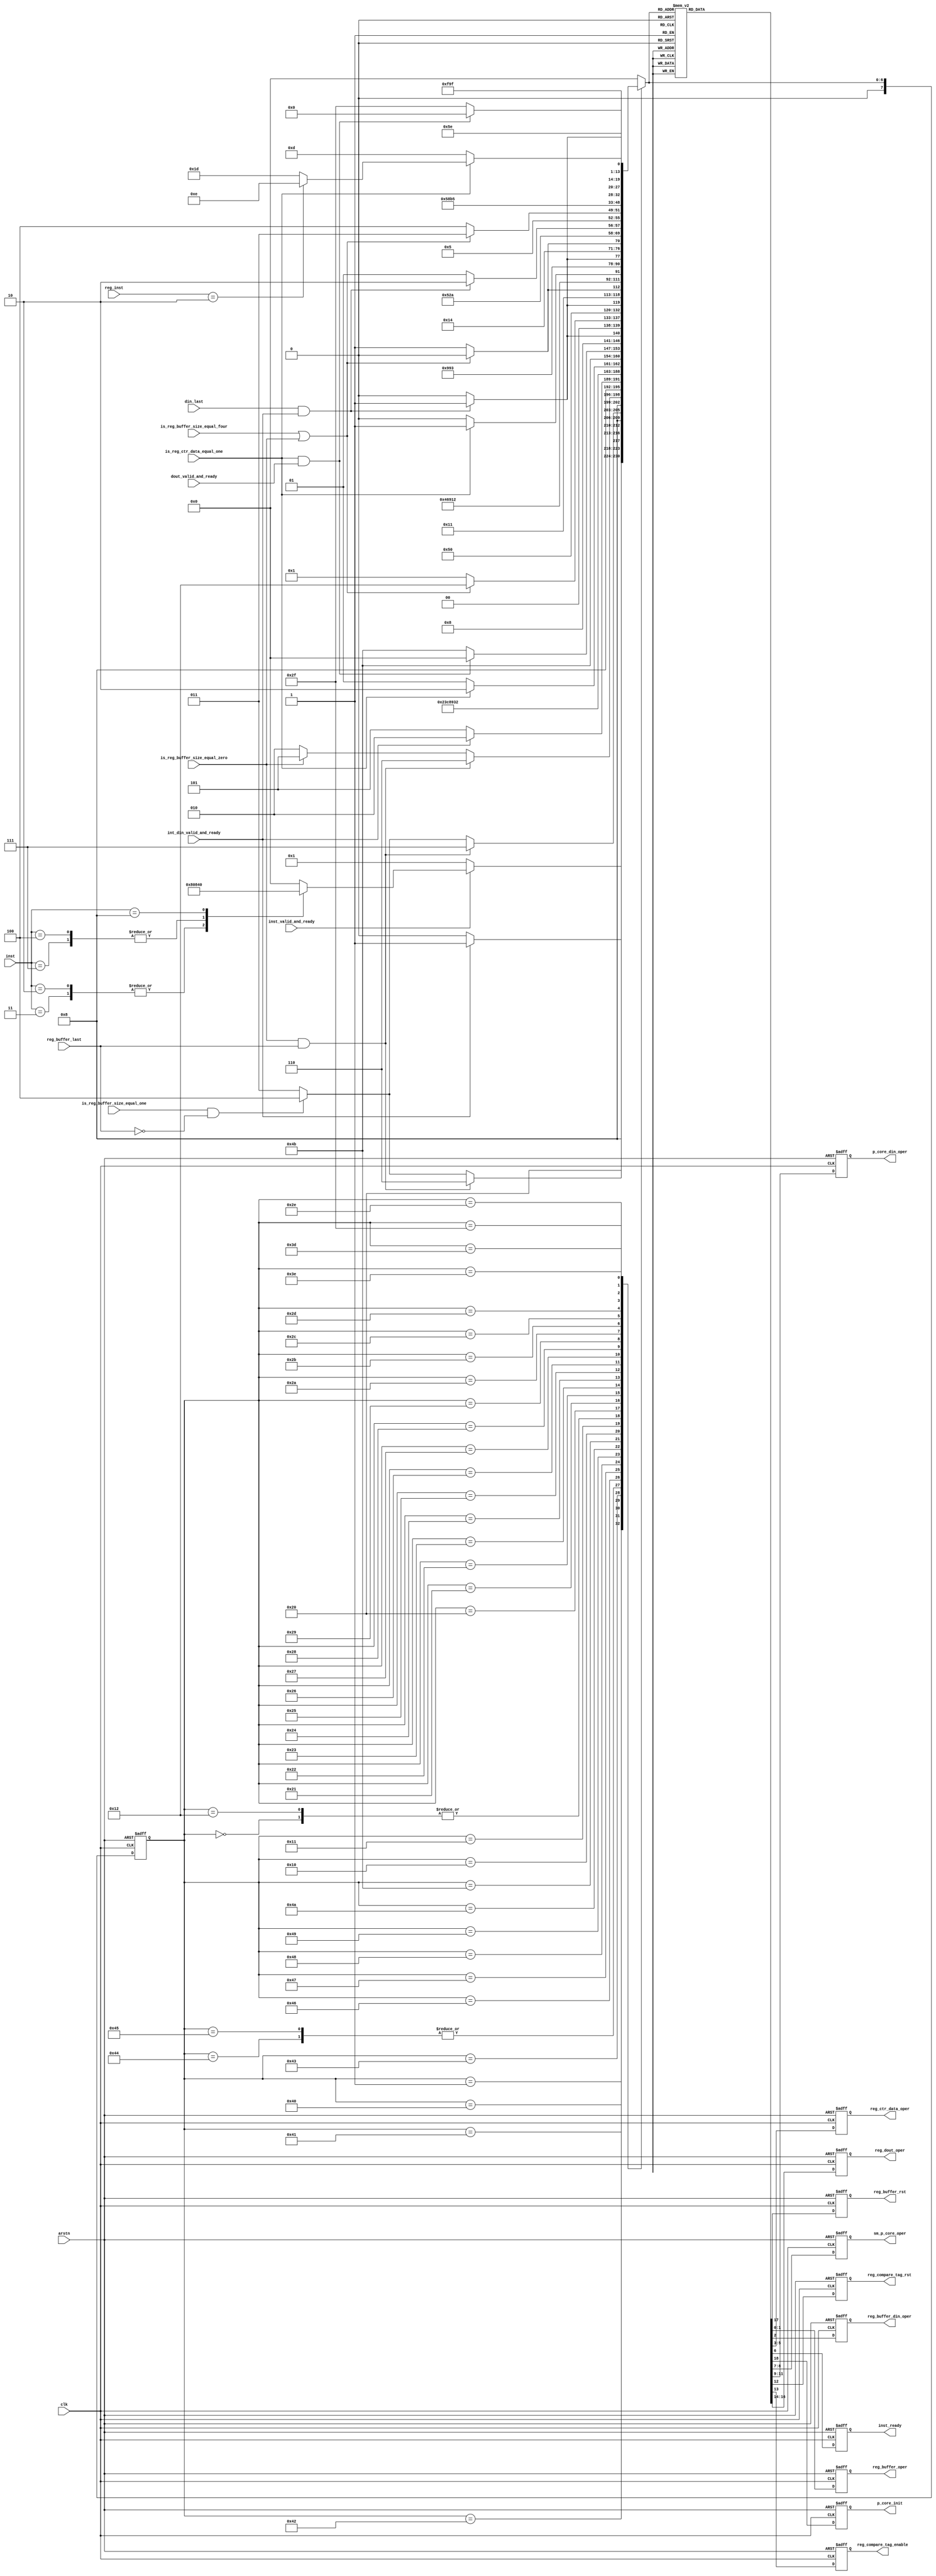
/*--------------------------------------------------------------------------------*/
/* Implementation by Pedro Maat C. Massolino,                                     */
/* hereby denoted as "the implementer".                                           */
/*                                                                                */
/* To the extent possible under law, the implementer has waived all copyright     */
/* and related or neighboring rights to the source code in this file.             */
/* http://creativecommons.org/publicdomain/zero/1.0/                              */
/*--------------------------------------------------------------------------------*/
`default_nettype    none

module subterranean_stream_state_machine
#(parameter ASYNC_RSTN = 1)
(
    input wire clk,
    input wire arstn,
    // Data in bus
    input wire din_last,
    input wire int_din_valid_and_ready,
    output wire reg_buffer_rst,
    output wire [1:0] reg_buffer_oper,
    output wire reg_buffer_din_oper,
    input wire is_reg_buffer_size_equal_zero,
    input wire is_reg_buffer_size_equal_one,
    input wire is_reg_buffer_size_equal_four,
    input wire reg_buffer_last,
    input wire is_reg_ctr_data_equal_one,
    output wire [2:0] reg_ctr_data_oper,
    // Instruction bus
    input wire [3:0] inst,
    input wire inst_valid_and_ready,
    output wire inst_ready,
    input wire [3:0] reg_inst,
    // Permutation core
    output wire p_core_init,
    output wire [1:0] sm_p_core_oper,
    output wire [2:0] p_core_din_oper,
    // Tag compare register
    output wire reg_compare_tag_rst,
    output wire reg_compare_tag_enable,
    // Dout
    input wire dout_valid_and_ready,
    output wire [2:0] reg_dout_oper
);

reg reg_reg_buffer_rst, next_reg_buffer_rst;
reg [1:0] reg_reg_buffer_oper, next_reg_buffer_oper;
reg reg_reg_buffer_din_oper, next_reg_buffer_din_oper;
reg [2:0] reg_reg_ctr_data_oper, next_reg_ctr_data_oper;
reg reg_inst_ready, next_inst_ready;
reg reg_p_core_init, next_p_core_init;
reg [1:0] reg_sm_p_core_oper, next_sm_p_core_oper;
reg [2:0] reg_p_core_din_oper, next_p_core_din_oper;
reg reg_reg_compare_tag_rst, next_reg_compare_tag_rst;
reg reg_reg_compare_tag_enable, next_reg_compare_tag_enable;
reg [2:0] reg_reg_dout_oper, next_reg_dout_oper;


localparam s_reset = 8'h00, s_idle = 8'h01,
           s_key_0 = 8'h10, s_key_1 = 8'h11, s_key_2 = 8'h12,
           s_enc_dec_0 = 8'h20, s_enc_dec_1 = 8'h21, s_enc_dec_2 = 8'h22, s_enc_dec_3 = 8'h23, s_enc_dec_4 = 8'h24, s_enc_dec_5 = 8'h25, s_enc_dec_6 = 8'h26, s_enc_dec_7 = 8'h27, s_enc_dec_8 = 8'h28, s_enc_dec_9 = 8'h29, s_enc_dec_10 = 8'h2A, s_enc_dec_11 = 8'h2B, s_enc_dec_12 = 8'h2C, s_enc_dec_13 = 8'h2D,
           s_enc_14 = 8'h2E, s_enc_15 = 8'h2F,
           s_dec_13 = 8'h3D, s_dec_14 = 8'h3E, s_dec_15 = 8'h3F,
           s_hash_0 = 8'h40, s_hash_1 = 8'h41, s_hash_2 = 8'h42, s_hash_3 = 8'h43, s_hash_4 = 8'h44, s_hash_5 = 8'h45, s_hash_6 = 8'h46, s_hash_7 = 8'h47, s_hash_8 = 8'h48, s_hash_9 = 8'h49, s_hash_10 = 8'h4A, s_hash_11 = 8'h4B
           ;
reg[7:0] actual_state, next_state;

generate
    if (ASYNC_RSTN != 0) begin : use_asynchrnous_reset_zero_enable
        always @(posedge clk or negedge arstn) begin
            if (arstn == 1'b0) begin
                actual_state <= s_reset;
                reg_reg_buffer_rst <= 1'b1;
                reg_reg_buffer_oper <= 2'b00;
                reg_reg_buffer_din_oper <= 1'b0;
                reg_reg_ctr_data_oper <= 3'b000;
                reg_inst_ready <= 1'b0;
                reg_p_core_init <= 1'b1;
                reg_sm_p_core_oper <= 2'b00;
                reg_p_core_din_oper <= 3'b000;
                reg_reg_compare_tag_rst <= 1'b0;
                reg_reg_compare_tag_enable <= 1'b0;
                reg_reg_dout_oper <= 3'b000;
            end else begin
                actual_state <= next_state;
                reg_reg_buffer_rst <= next_reg_buffer_rst;
                reg_reg_buffer_oper <= next_reg_buffer_oper;
                reg_reg_buffer_din_oper <= next_reg_buffer_din_oper;
                reg_reg_ctr_data_oper <= next_reg_ctr_data_oper;
                reg_inst_ready <= next_inst_ready;
                reg_p_core_init <= next_p_core_init;
                reg_sm_p_core_oper <= next_sm_p_core_oper;
                reg_p_core_din_oper <= next_p_core_din_oper;
                reg_reg_compare_tag_rst <= next_reg_compare_tag_rst;
                reg_reg_compare_tag_enable <= next_reg_compare_tag_enable;
                reg_reg_dout_oper <= next_reg_dout_oper;
            end
        end
    end else begin : use_synchrnous_reset
        always @(posedge clk) begin
            if (arstn == 1'b1) begin
                actual_state <= s_reset;
                reg_reg_buffer_rst <= 1'b1;
                reg_reg_buffer_oper <= 2'b00;
                reg_reg_buffer_din_oper <= 1'b0;
                reg_reg_ctr_data_oper <= 3'b000;
                reg_inst_ready <= 1'b0;
                reg_p_core_init <= 1'b1;
                reg_sm_p_core_oper <= 2'b00;
                reg_p_core_din_oper <= 3'b000;
                reg_reg_compare_tag_rst <= 1'b0;
                reg_reg_compare_tag_enable <= 1'b0;
                reg_reg_dout_oper <= 3'b000;
            end else begin
                actual_state <= next_state;
                reg_reg_buffer_rst <= next_reg_buffer_rst;
                reg_reg_buffer_oper <= next_reg_buffer_oper;
                reg_reg_buffer_din_oper <= next_reg_buffer_din_oper;
                reg_reg_ctr_data_oper <= next_reg_ctr_data_oper;
                reg_inst_ready <= next_inst_ready;
                reg_p_core_init <= next_p_core_init;
                reg_sm_p_core_oper <= next_sm_p_core_oper;
                reg_p_core_din_oper <= next_p_core_din_oper;
                reg_reg_compare_tag_rst <= next_reg_compare_tag_rst;
                reg_reg_compare_tag_enable <= next_reg_compare_tag_enable;
                reg_reg_dout_oper <= next_reg_dout_oper;
            end
        end
    end
endgenerate


always @(*) begin
    next_reg_buffer_rst = 1'b0;
    next_reg_buffer_oper = 2'b00;
    next_reg_buffer_din_oper = 1'b0;
    next_reg_ctr_data_oper = 3'b000;
    next_inst_ready = 1'b0;
    next_p_core_init = 1'b0;
    next_sm_p_core_oper = 2'b00;
    next_p_core_din_oper = 3'b000;
    next_reg_compare_tag_rst = 1'b0;
    next_reg_compare_tag_enable = 1'b0;
    next_reg_dout_oper = 3'b000;
    case(next_state)
        s_reset : begin
            next_reg_buffer_rst = 1'b1;
            next_p_core_init = 1'b1;
        end
        s_idle : begin
            next_inst_ready = 1'b1;
            next_reg_buffer_rst = 1'b1;
        end
        // Store din in buffer and initialize the state
        s_hash_0 : begin
            next_p_core_init = 1'b1;
            next_p_core_din_oper = 3'b011;
            next_reg_buffer_oper = 2'b10;
            next_reg_buffer_din_oper = 1'b1;
        end
        // Absorb 1 byte din buffer - Special case for the empty hash string.
        s_hash_1 : begin
            next_reg_buffer_oper = 2'b01;
            next_p_core_din_oper = 3'b010;
        end
        // Absorb 1 byte din buffer
        s_hash_2 : begin
            next_reg_buffer_oper = 2'b01;
            next_p_core_din_oper = 3'b010;
        end
        // Absorb null - (din buffer not empty)
        s_hash_3 : begin
            next_reg_buffer_oper = 2'b10;
            next_p_core_din_oper = 3'b001;
        end
        // Absorb null - (din buffer empty)
        s_hash_4 : begin
            next_reg_buffer_oper = 2'b10;
            next_reg_buffer_din_oper = 1'b1;
            next_p_core_din_oper = 3'b001;
        end
        // Store din in buffer
        s_hash_5 : begin
            next_reg_buffer_oper = 2'b10;
            next_reg_buffer_din_oper = 1'b1;
            next_p_core_din_oper = 3'b011;
        end
        // Absorb null last
        s_hash_6 : begin
            next_reg_buffer_oper = 2'b10;
            next_p_core_din_oper = 3'b001;
        end
        // Absorb second null last
        s_hash_7 : begin
            next_reg_buffer_oper = 2'b10;
            next_p_core_din_oper = 3'b001;
        end
        // Initialize the counter and perform 1 blank permutation
        s_hash_8 : begin
            next_reg_ctr_data_oper = 3'b001;
            next_p_core_din_oper = 3'b001;
        end
        // Perform all 6 blank permutations
        s_hash_9 : begin
            next_reg_ctr_data_oper = 3'b100;
            next_p_core_din_oper = 3'b001;
        end
        // Perform last blank permutation and initialize counter to generate hash
        s_hash_10 : begin
            next_reg_ctr_data_oper = 3'b010;
            next_p_core_din_oper = 3'b001;
        end
        // Perform all hash steps
        s_hash_11 : begin
            next_reg_ctr_data_oper = 3'b101;
            next_p_core_din_oper = 3'b001;
            next_sm_p_core_oper = 2'b01;
            next_reg_dout_oper = 3'b010;
        end
        // Stream key mode
        s_key_0 : begin
            next_reg_buffer_oper = 2'b11;
            next_reg_buffer_din_oper = 1'b1;
            next_p_core_din_oper = 3'b011;
        end
        // Last key processed
        s_key_1 : begin
            next_reg_buffer_rst = 1'b1;
            next_p_core_din_oper = 3'b011;
        end
        // Add null data
        s_key_2 : begin
            next_p_core_din_oper = 3'b001;
        end
        // Stream nonce
        s_enc_dec_0 : begin
            next_reg_buffer_oper = 2'b11;
            next_reg_buffer_din_oper = 1'b1;
            next_p_core_din_oper = 3'b011;
        end
        // Last nonce processed
        s_enc_dec_1 : begin
            next_reg_buffer_rst = 1'b1;
            next_p_core_din_oper = 3'b011;
        end
        // Add null data
        s_enc_dec_2 : begin
            next_p_core_din_oper = 3'b001;
        end
        // Initialize the counter and perform 1 blank permutation
        s_enc_dec_3 : begin
            next_reg_ctr_data_oper = 3'b001;
            next_p_core_din_oper = 3'b001;
        end
        // Perform all 6 blank permutations
        s_enc_dec_4 : begin
            next_reg_ctr_data_oper = 3'b100;
            next_p_core_din_oper = 3'b001;
        end
        // Perform last blank permutation
        s_enc_dec_5 : begin
            next_reg_buffer_rst = 1'b1;
            next_p_core_din_oper = 3'b001;
        end
        // Stream associated data mode
        s_enc_dec_6 : begin
            next_reg_buffer_oper = 2'b11;
            next_reg_buffer_din_oper = 1'b1;
            next_p_core_din_oper = 3'b011;
        end
        // Last associated data processed
        s_enc_dec_7 : begin
            next_reg_buffer_rst = 1'b1;
            next_p_core_din_oper = 3'b011;
        end
        // Add null data
        s_enc_dec_8 : begin
            next_p_core_din_oper = 3'b001;
        end
        // Stream plaintext/ciphertext mode
        s_enc_dec_9 : begin
            next_reg_buffer_oper = 2'b11;
            next_reg_buffer_din_oper = 1'b1;
            next_reg_dout_oper = 3'b001;
            next_p_core_din_oper = 3'b011;
            next_sm_p_core_oper = 2'b10;
        end
        // Last plaintext/ciphertext processed
        s_enc_dec_10 : begin
            next_reg_buffer_oper = 2'b11;
            next_reg_dout_oper = 3'b001;
            next_p_core_din_oper = 3'b011;
            next_sm_p_core_oper = 2'b10;
        end
        // Add null data
        s_enc_dec_11 : begin
            next_p_core_din_oper = 3'b001;
            next_reg_dout_oper = 3'b001;
        end
        // Initialize the counter and perform 1 blank permutation
        s_enc_dec_12 : begin
            next_reg_ctr_data_oper = 3'b001;
            next_p_core_din_oper = 3'b001;
            next_reg_dout_oper = 3'b001;
        end
        // Perform all 6 blank permutations
        s_enc_dec_13 : begin
            next_reg_ctr_data_oper = 3'b100;
            next_p_core_din_oper = 3'b001;
        end
        // Perform last blank permutation and prepare counter for tag
        s_enc_14 : begin
            next_p_core_din_oper = 3'b001;
            next_reg_buffer_rst = 1'b1;
            next_reg_ctr_data_oper = 3'b011;
        end
        // Send all tag blocks
        s_enc_15 : begin
            next_reg_ctr_data_oper = 3'b101;
            next_p_core_din_oper = 3'b001;
            next_sm_p_core_oper = 2'b01;
            next_reg_dout_oper = 3'b010;
        end
        // Perform last blank permutation and prepare to receive the tag
        s_dec_13 : begin
            next_p_core_din_oper = 3'b001;
            next_reg_buffer_rst = 1'b1;
            next_reg_compare_tag_rst = 1'b1;
        end
        // Receive tag
        s_dec_14 : begin
            next_reg_buffer_oper = 2'b11;
            next_reg_buffer_din_oper = 1'b1;
            next_p_core_din_oper = 3'b100;
            next_reg_compare_tag_enable = 1'b1;
            next_sm_p_core_oper = 2'b01;
            next_reg_dout_oper = 3'b100;
        end
        // Send tag status
        s_dec_15 : begin
            next_p_core_din_oper = 3'b011;
            next_reg_dout_oper = 3'b011;
        end
        default : begin
            ;
        end
    endcase
end

always @(*) begin
    case(actual_state)
        s_reset : begin
            next_state = s_idle;
        end
        s_idle : begin
            if(inst_valid_and_ready == 1'b1) begin
                case(inst)
                    4'b0010, 4'b0011: begin
                        next_state = s_enc_dec_0;
                    end
                    4'b0100, 4'b0111: begin
                        next_state = s_key_0;
                    end
                    4'b1000: begin
                        next_state = s_hash_0;
                    end
                    default : begin
                        next_state = s_reset;
                    end
                endcase
            end else begin
                next_state = s_idle;
            end
        end
        // Store din in buffer and initialize state
        s_hash_0 : begin
            if(int_din_valid_and_ready == 1'b1) begin
                next_state = s_hash_1;
            end else begin
                next_state = s_hash_0;
            end
        end
        // Absorb 1 byte din buffer (First case to differ empty hash strings)
        s_hash_1 : begin
            if((is_reg_buffer_size_equal_zero == 1'b1) && (reg_buffer_last == 1'b1)) begin
                next_state = s_hash_6;
            end else if((is_reg_buffer_size_equal_one == 1'b1) && (reg_buffer_last == 1'b0)) begin 
                next_state = s_hash_4;
            end else begin
                next_state = s_hash_3;
            end
        end
        // Absorb 1 byte din buffer
        s_hash_2 : begin
            if((is_reg_buffer_size_equal_zero == 1'b1) && (reg_buffer_last == 1'b1)) begin
                next_state = s_hash_7;
            end else if((is_reg_buffer_size_equal_one == 1'b1) && (reg_buffer_last == 1'b0)) begin 
                next_state = s_hash_4;
            end else begin
                next_state = s_hash_3;
            end
        end
        // Absorb null - (din buffer not empty)
        s_hash_3 : begin
            if((is_reg_buffer_size_equal_zero == 1'b1) && (reg_buffer_last == 1'b1)) begin
                next_state = s_hash_6;
            end else if((is_reg_buffer_size_equal_zero == 1'b1)) begin
                next_state = s_hash_5;
            end else begin
                next_state = s_hash_2;
            end
        end
        // Absorb null - (din buffer empty)
        s_hash_4 : begin
            if(int_din_valid_and_ready == 1'b1) begin
                next_state = s_hash_2;
            end else begin
                next_state = s_hash_5;
            end
        end
        // Store din in buffer
        s_hash_5 : begin
            if(int_din_valid_and_ready == 1'b1) begin
                next_state = s_hash_2;
            end else begin
                next_state = s_hash_5;
            end
        end
        // Absorb null last
        s_hash_6 : begin
            next_state = s_hash_7;
        end
        // Absorb null last
        s_hash_7 : begin
            next_state = s_hash_8;
        end
        // Initialize the counter and perform 1 blank permutation
        s_hash_8 : begin
            next_state = s_hash_9;
        end
        // Perform all 6 blank permutations
        s_hash_9 : begin
            if(is_reg_ctr_data_equal_one == 1'b1) begin
                next_state = s_hash_10;
            end else begin
                next_state = s_hash_9;
            end
        end
        // Perform last blank permutation and initialize counter to generate hash
        s_hash_10 : begin
            next_state = s_hash_11;
        end
        // Send all hash blocks
        s_hash_11 : begin
            if((is_reg_ctr_data_equal_one == 1'b1) && (dout_valid_and_ready == 1'b1)) begin
                next_state = s_reset;
            end else begin
                next_state = s_hash_11;
            end
        end
        // Stream key mode
        s_key_0 : begin
            if((din_last == 1'b1) && (int_din_valid_and_ready == 1'b1)) begin
                next_state = s_key_1;
            end else begin
                next_state = s_key_0;
            end
        end
        // Last key processed
        s_key_1 : begin
            if((is_reg_buffer_size_equal_four == 1'b1) || (is_reg_buffer_size_equal_zero == 1'b1)) begin
                next_state = s_key_2;
            end else begin
                next_state = s_idle;
            end
        end
        // Add null data
        s_key_2 : begin
            next_state = s_idle;
        end
        // Stream nonce mode
        s_enc_dec_0 : begin
            if((din_last == 1'b1) && (int_din_valid_and_ready == 1'b1)) begin
                next_state = s_enc_dec_1;
            end else begin
                next_state = s_enc_dec_0;
            end
        end
        // Last nonce processed
        s_enc_dec_1 : begin
            if((is_reg_buffer_size_equal_four == 1'b1) || (is_reg_buffer_size_equal_zero == 1'b1)) begin
                next_state = s_enc_dec_2;
            end else begin
                next_state = s_enc_dec_3;
            end
        end
        // Add null data
        s_enc_dec_2 : begin
            next_state = s_enc_dec_3;
        end
        // Initialize the counter and perform 1 blank permutation
        s_enc_dec_3 : begin
            next_state = s_enc_dec_4;
        end
        // Perform all 6 blank permutations
        s_enc_dec_4 : begin
            if(is_reg_ctr_data_equal_one == 1'b1) begin
                next_state = s_enc_dec_5;
            end else begin
                next_state = s_enc_dec_4;
            end
        end
        // Perform last blank permutation
        s_enc_dec_5 : begin
            next_state = s_enc_dec_6;
        end
        // Stream associated data mode
        s_enc_dec_6 : begin
            if((din_last == 1'b1) && (int_din_valid_and_ready == 1'b1)) begin
                next_state = s_enc_dec_7;
            end else begin
                next_state = s_enc_dec_6;
            end
        end
        // Last associated data processed
        s_enc_dec_7 : begin
            if((is_reg_buffer_size_equal_four == 1'b1) || (is_reg_buffer_size_equal_zero == 1'b1)) begin
                next_state = s_enc_dec_8;
            end else begin
                next_state = s_enc_dec_9;
            end
        end
        // Add null data
        s_enc_dec_8 : begin
            next_state = s_enc_dec_9;
        end
        // Stream plaintext/ciphertext mode
        s_enc_dec_9 : begin
            if((din_last == 1'b1) && (int_din_valid_and_ready == 1'b1)) begin
                next_state = s_enc_dec_10;
            end else begin
                next_state = s_enc_dec_9;
            end
        end
        // Last plaintext/ciphertext processed
        s_enc_dec_10 : begin
            if((is_reg_buffer_size_equal_four == 1'b1) || (is_reg_buffer_size_equal_zero == 1'b1)) begin
                next_state = s_enc_dec_11;
            end else begin
                next_state = s_enc_dec_12;
            end
        end
        // Add null data
        s_enc_dec_11 : begin
            next_state = s_enc_dec_12;
        end
        // Initialize the counter and perform 1 blank permutation
        s_enc_dec_12 : begin
            next_state = s_enc_dec_13;
        end
        // Perform all 6 blank permutations
        s_enc_dec_13 : begin
            if(is_reg_ctr_data_equal_one == 1'b1) begin
                if(reg_inst == 4'b0010) begin
                    next_state = s_enc_14;
                end else begin
                    next_state = s_dec_13;
                end
            end else begin
                next_state = s_enc_dec_13;
            end
        end
        // Perform last blank permutation
        s_enc_14 : begin
            next_state = s_enc_15;
        end
        // Send all tag blocks
        s_enc_15 : begin
            if((is_reg_ctr_data_equal_one == 1'b1) && (dout_valid_and_ready == 1'b1)) begin
                next_state = s_reset;
            end else begin
                next_state = s_enc_15;
            end
        end
        // Perform last blank permutation and prepare to receive the tag
        s_dec_13 : begin
            next_state = s_dec_14;
        end
        // Receive tag
        s_dec_14 : begin
            if((din_last == 1'b1) && (int_din_valid_and_ready == 1'b1)) begin
                next_state = s_dec_15;
            end else begin
                next_state = s_dec_14;
            end
        end
        // Send tag status
        s_dec_15 : begin
            next_state = s_reset;
        end
        default : begin
            next_state = s_reset;
        end
    endcase
end

assign reg_buffer_rst = reg_reg_buffer_rst;
assign reg_buffer_oper = reg_reg_buffer_oper;
assign reg_buffer_din_oper = reg_reg_buffer_din_oper;
assign reg_ctr_data_oper = reg_reg_ctr_data_oper;
assign inst_ready = reg_inst_ready;
assign p_core_init = reg_p_core_init;
assign sm_p_core_oper = reg_sm_p_core_oper;
assign p_core_din_oper = reg_p_core_din_oper;
assign reg_compare_tag_rst = reg_reg_compare_tag_rst;
assign reg_compare_tag_enable = reg_reg_compare_tag_enable;
assign reg_dout_oper = reg_reg_dout_oper;

endmodule